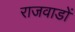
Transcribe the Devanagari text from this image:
राजवाडों